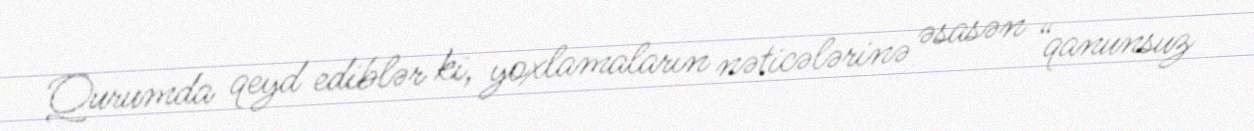
Qurumda qeyd ediblər ki, yoxlamaların nəticələrinə əsasən “qanunsuz